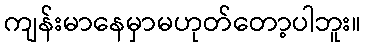
ကျန်းမာနေမှာမဟုတ်တော့ပါဘူး။